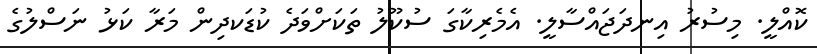
ކޮއްލީ. މިސުރު އިނދަޖައްސާލީ. އެމެރިކާގަ ސުކޫލު ތަކަށްވަދެ ކުޑަކދިން މަރާ ކަޅު ނަސްލުގެ